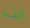
انت